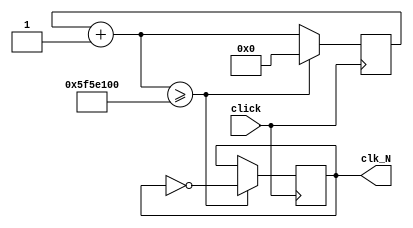
`timescale 1ns / 1ps

module divider(click, clk_N);

    input click; // 
    output reg clk_N; // 
    parameter N = 100_000_000; // 
    reg [31:0] counter; // 

    initial begin
        counter <= 0;
        clk_N <= 0;
    end

    always@(posedge click)begin
        counter = counter + 1;
        if (counter >= N) begin
            counter <= 0;
            clk_N <= ~clk_N;
        end
    end

endmodule